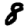
Digit: 8